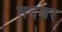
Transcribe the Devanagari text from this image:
तदबर